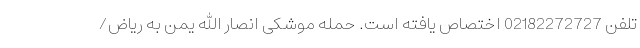
تلفن 02182272727 اختصاص یافته است. حمله موشکی انصار الله یمن به ریاض/